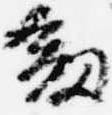
剣